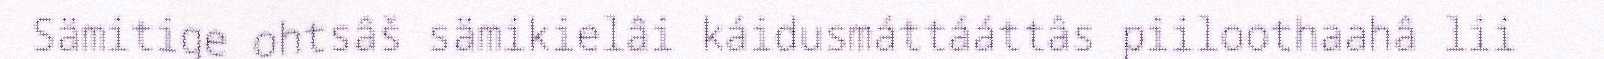
Sämitige ohtsâš sämikielâi káidusmáttááttâs piiloothaahâ lii